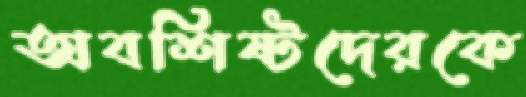
অবশিষ্টদেরকে